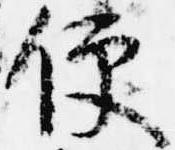
便